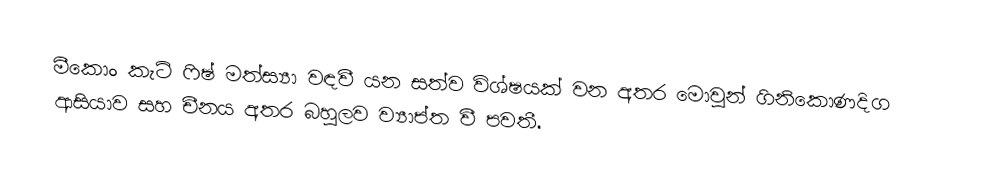
මීකොං කැට් ෆිෂ් මත්ස්‍යා වඳවී යන සත්ව විශ්ෂයක් වන අතර මොවුන් ගිනිකොණදිග ආසියාව සහ චීනය අතර බහුලව ව්‍යාප්ත වී පවතී.